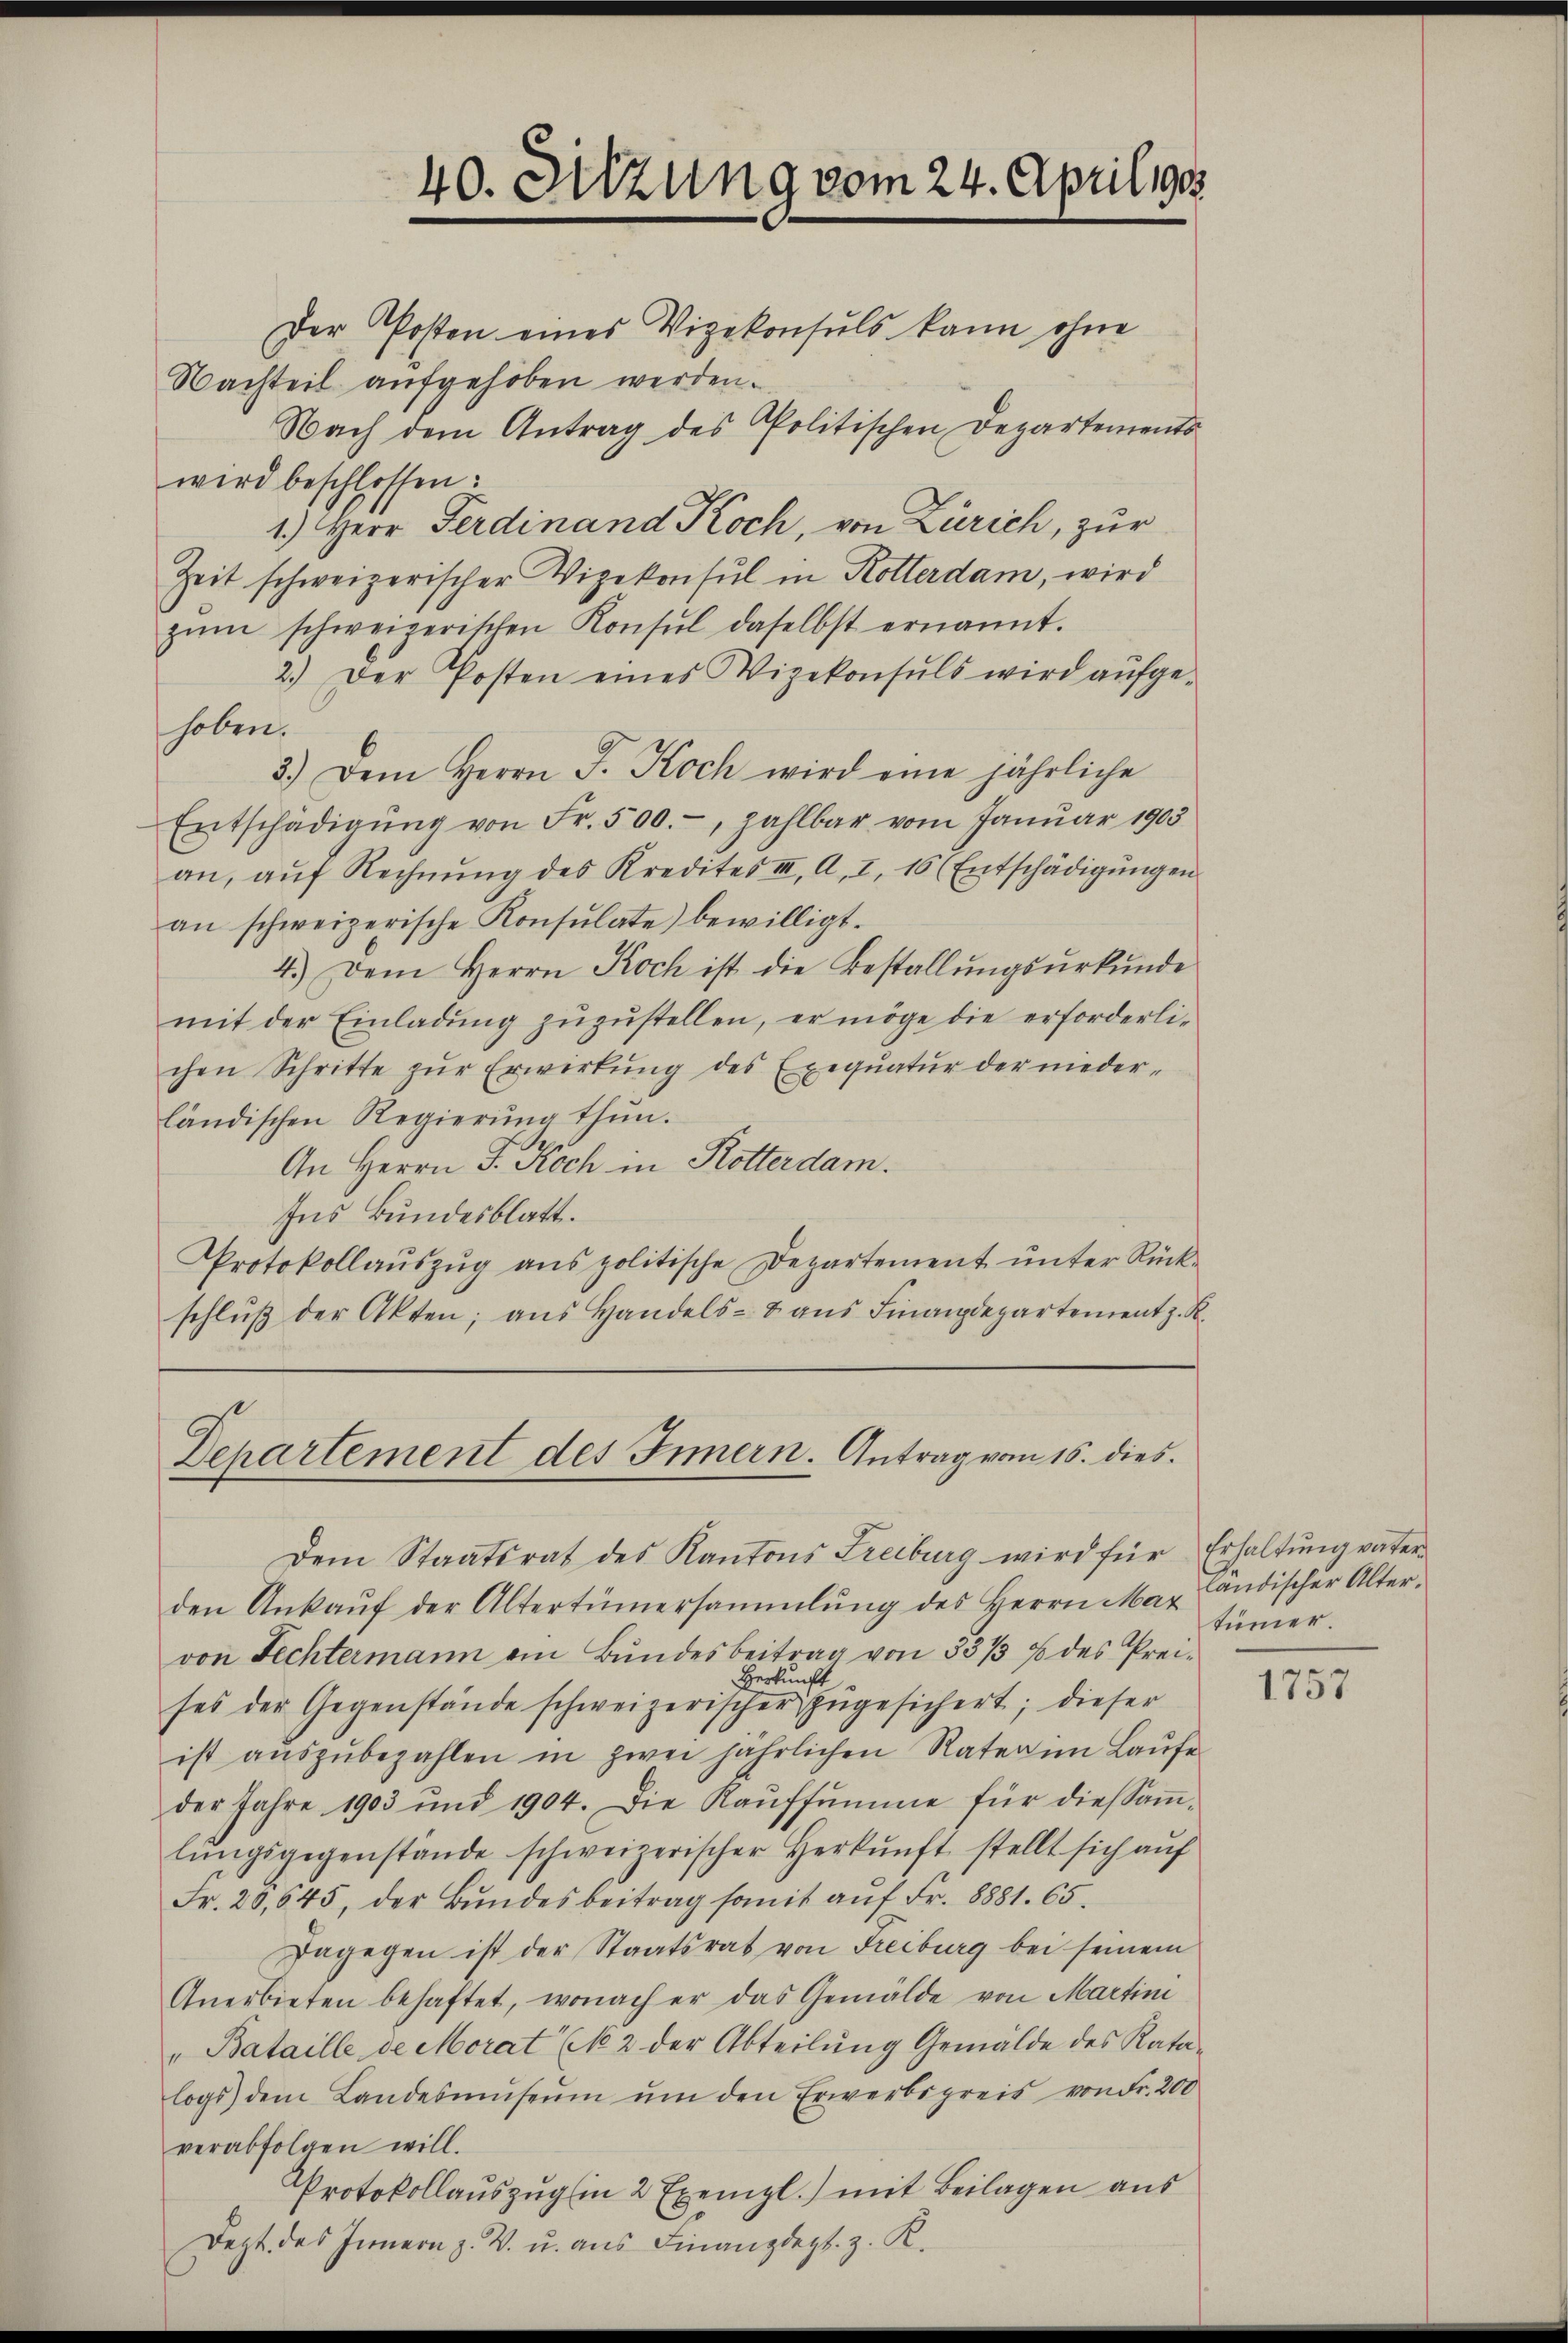
40. Sitzung vom 24. April 1905.
Der Posten eines Vizekonsuls kann ohne
Nachteil aufgehoben werden.
Nach dem Antrag des Politischen Departements

wird beschlossen:
1.) Herr Ferdinand Koch, von Zürich, zur
Zeit schweizerischer Vizekonsul in Rotterdam, wird
zŭm schweizerischen Konsŭl daselbst ernannt.
2.) Der Posten eines Vizekonsuls wird aŭfge-
hoben.
3.) Dem Herrn J. Koch wird eine jährliche
Entschädigŭng von Fr. 500.-, zahlbar vom Januar 1903
an, aŭf Rechnŭng des Kredites III. A. I. 16 (Entschädigŭngen
an schweizerische Konsulate) bewilligt.
4.) Dem Herrn Koch ist die Bestallŭngsŭrkŭnde
mit der Einladung zuzustellen, er möge die erforderlichen Schritte zŭr Erwirkŭng des Exeqŭatŭr der nieder-
ländischen Regierŭng thŭn.
An Herrn F. Koch in Rotterdam.
Ins Bundesblatt.
Protokollauszug aus politische Departement unter Rückschlŭβ der Akten; ans Handels- 8 aŭs Finanzdepartement z. R.

Departement des Innern. Antrag vom 16. dies

Dem Staatsrat des Kantons Freiburg wird für Erhaltŭng vater
den Ankaŭf der Altertümersammlung des Herrn Mar
von Fechtermann ein Bundesbeitrag von 33/3 % des Prei¬
Herkunft
ses der Gegenstände schweizerischer zŭgesichert; dieser
ist aŭszŭbezahlen in zwei jährlichen Rater im Laŭfe
der Jahre 1903 und 1904. Die Kaŭfsŭmme für diessaṁ-
lŭngsgegenstände schweizerischer Herkŭnft stellt sich aŭf
Fr. 28,645, der Bŭndesbeitrag somit aŭf Fr. 8881. 65.
Dagegen ist der Staatsrat von Freiburg bei seinem
Anerbieten behaftet, wonach er das Gemälde von Martini
" Bataille de Morat (M 2 der Abteilŭng Gemälde des Kata-
logs) dem Landesmŭseŭm ŭm den Erwerbspreis von Fr. 200
verabfolgen will.
Protokollauszug (in 2 Exempl.) mit Beilagen aus
Dezt des Innern z. B. u. aus Finanzdegl. z. K.

ländischer Altertümmer

1757